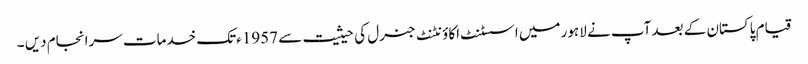
قیام پاکستان کے بعد آپ نے لاہور میں اسسٹنٹ اکاؤنٹنٹ جنرل کی حیثیت سے 1957ءتک خدمات سرانجام دیں ۔